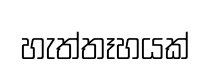
හැත්තෑහයක්